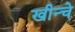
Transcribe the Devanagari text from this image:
खीन्चे